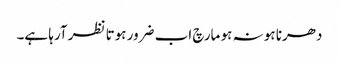
دھرنا ہو نہ ہو مارچ اب ضرور ہوتا نظر آرہا ہے۔